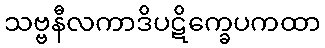
သဗ္ဗနီလကာဒိပဋိက္ခေပကထာ